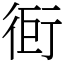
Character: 衐